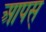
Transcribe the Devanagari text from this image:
आपस्‌